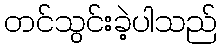
တင်သွင်းခဲ့ပါသည်